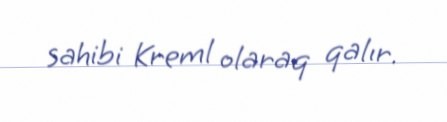
sahibi Kreml olaraq qalır.